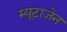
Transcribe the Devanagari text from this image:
म्यूटाजेन